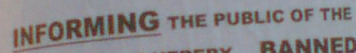
INFORMING THE PUBLIC OF THE